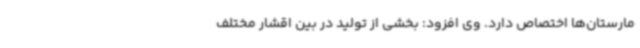
مارستان‌ها اختصاص دارد. وی افزود: بخشی از تولید در بین اقشار مختلف